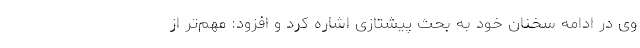
وی در ادامه سخنان خود به بحث پیشتازی اشاره کرد و افزود: مهم­تر از